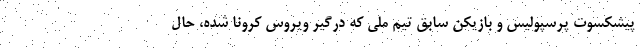
پیشکسوت پرسپولیس و بازیکن سابق تیم ملی که درگیر ویروس کرونا شده، حال